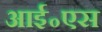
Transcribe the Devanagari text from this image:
आई॰एस